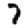
Digit: 7